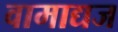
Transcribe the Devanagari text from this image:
वामाद्यज